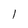
Character: l